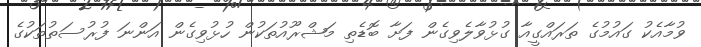
ވުމާއެކު ގައުމުގެ ތަރައްގީއާ ގުޅުވާލެވިގެން ފަށާ ބޮޑެތި މަޝްރޫއުތަކުން ހުޅުވިގެން އަންނަ ފުރުސަތުތަކުގެ